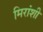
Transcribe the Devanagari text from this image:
मिरांशी